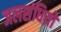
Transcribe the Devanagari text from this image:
जलसंधियों